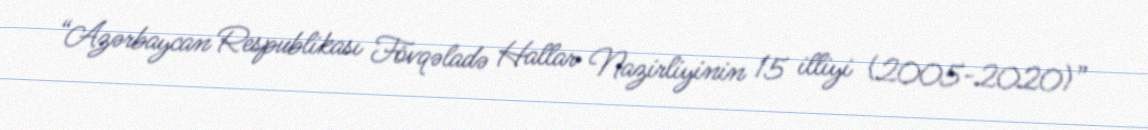
“Azərbaycan Respublikası Fövqəladə Hallar Nazirliyinin 15 illiyi (2005-2020)”